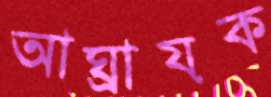
আঘ্রায়ক